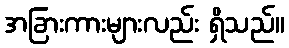
အခြားကားများလည်း ရှိသည်။